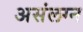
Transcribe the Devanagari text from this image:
असंलग्न